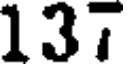
137